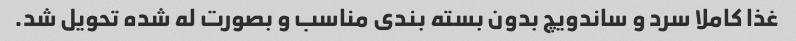
غذا کاملا سرد و ساندویچ بدون بسته بندی مناسب و بصورت له شده تحویل شد.